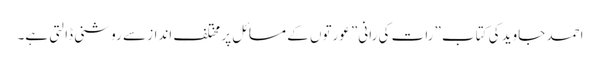
احمد جاوید کی کتاب ”رات کی رانی” عورتوں کے مسائل پر مختلف انداز سے روشنی ڈالتی ہے۔